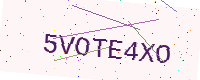
Text: 5VOTE4XO